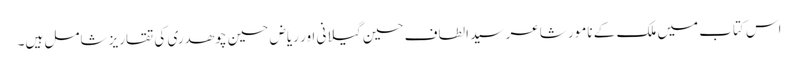
اس کتاب میں ملک کے نامور شاعر سید الطاف حسین گیلانی اور ریاض حسین چوھدری کی تقاریز شامل ہیں۔